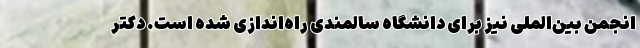
انجمن بین‌الملی نیز برای دانشگاه سالمندی راه‌اندازی شده است. دکتر